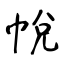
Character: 帨